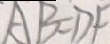
A B = D F